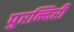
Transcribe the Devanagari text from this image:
पुरन्दिरी